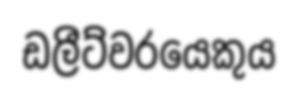
ඩලීට්වරයෙකුය